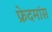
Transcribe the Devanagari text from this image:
फ्रेदमांस